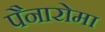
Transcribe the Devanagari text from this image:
पैनारोमा